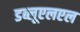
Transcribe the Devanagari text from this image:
डब्लूएलएल